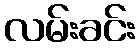
လမ်းခင်း